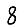
Digit: 8